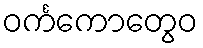
ဝင်္ကကောတွေဝ